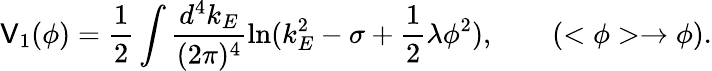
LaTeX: \mathsf{V}_{1}(\phi)=\frac{1}{2}\int\frac{{d^{4}k_{E}}}{{(2\pi)^{4}}}\ln(k_{E}^{2}-\sigma+\frac{1}{2}\lambda\phi^{2}),\qquad(<\phi>\rightarrow\phi).